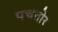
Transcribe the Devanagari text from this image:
पचतोर